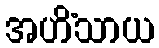
အဟိံသာယ